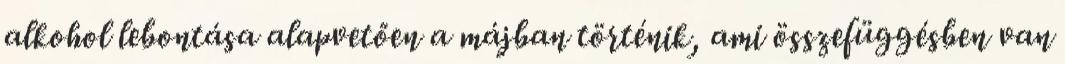
alkohol lebontása alapvetően a májban történik, ami összefüggésben van